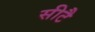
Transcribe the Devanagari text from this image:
सीटै